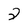
Character: 2